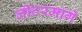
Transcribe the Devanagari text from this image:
लीटरमागे